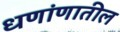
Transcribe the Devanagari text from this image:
धणांणातील